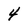
Character: 4